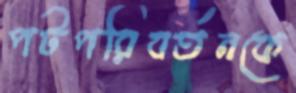
পটপরিবর্তনকে